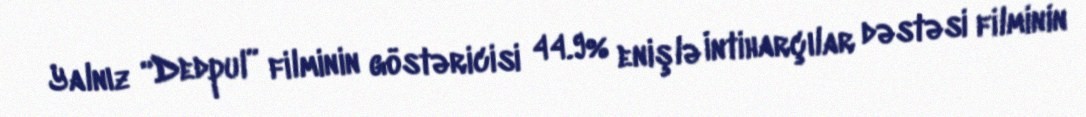
Yalnız “Dedpul” filminin göstəricisi 44.9% enişlə İntiharçılar dəstəsi filminin